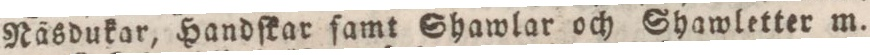
Näsdukar, Handſkar ſamt Shawlar och Shawletter m.